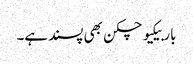
باربیکیو چکن بھی پسند ہے۔